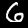
Label: 6